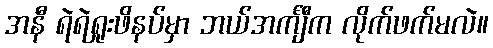
အနီ ရဲရဲရှုးဖိနပ်မှာ ဘယ်အင်္ကျီက လိုက်ဖက်မလဲ။